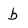
Character: b